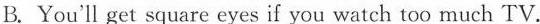
B. You'll get square eyes if you watch too much TV.